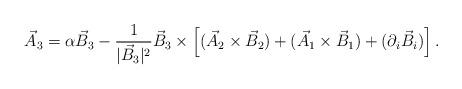
LaTeX: \begin{align*}{\vec A}_3 = \alpha {\vec B}_3 -\frac{1}{|{\vec B}_3|^2}{\vec B}_3 \times \left [ ({\vec A}_2 \times {\vec B}_2)+({\vec A}_1 \times {\vec B}_1) + (\partial_i {\vec B}_i)\right ].\end{align*}